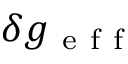
\delta g _ { \mathrm { ~ e ~ f ~ f ~ } }